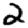
Digit: 2